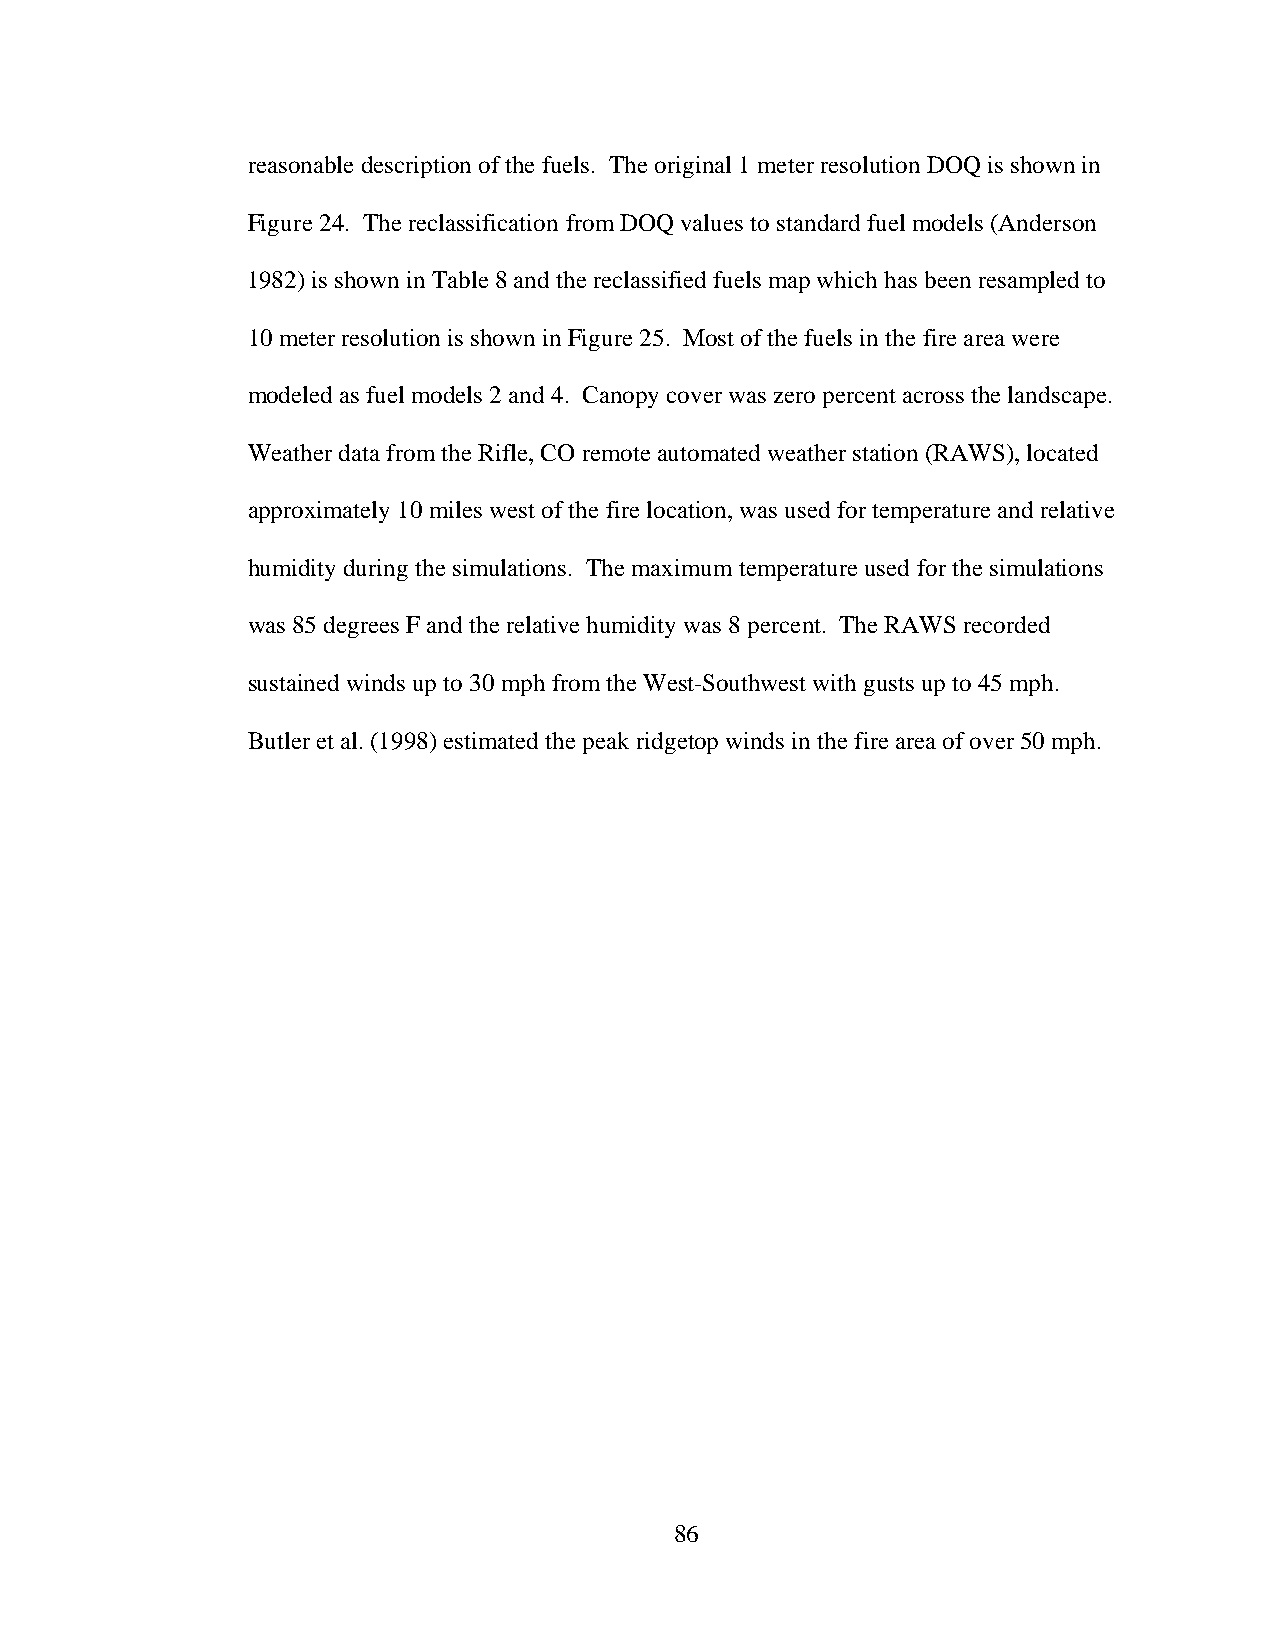
reasonable description of the fuels. The original 1 meter resolution DOQ is shown in
 Figure 24. The reclassification from DOQ values to standard fuel models (Anderson
 1982) is shown in Table 8 and the reclassified fuels map which has been resampled to
 10 meter resolution is shown in Figure 25. Most of the fuels in the fire area were
 modeled as fuel models 2 and 4. Canopy cover was zero percent across the landscape.
 Weather data from the Rifle, CO remote automated weather station (RAWS), located
 approximately 10 miles west of the fire location, was used for temperature and relative
 humidity during the simulations. The maximum temperature used for the simulations
 was 85 degrees F and the relative humidity was 8 percent. The RAWS recorded
 sustained winds up to 30 mph from the West-Southwest with gusts up to 45 mph.
 Butler et al. (1998) estimated the peak ridgetop winds in the fire area of over 50 mph.
 86